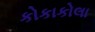
કોકાકોલા